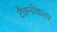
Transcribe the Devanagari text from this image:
टैक्नीकलर